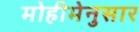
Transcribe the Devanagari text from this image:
मोहीमेनुसार